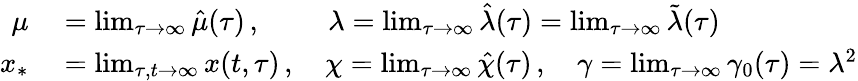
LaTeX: \begin{array}{rl}{\mu}&{{}=\operatorname*{lim}_{\tau\rightarrow\infty}\hat{\mu}(\tau)\, ,\, \, \qquad\lambda=\operatorname*{lim}_{\tau\rightarrow\infty}\hat{\lambda}(\tau)=\operatorname*{lim}_{\tau\rightarrow\infty}\tilde{\lambda}(\tau)}\\ {x_{*}}&{{}=\operatorname*{lim}_{\tau,t\rightarrow\infty}x(t,\tau)\, ,\quad\chi=\operatorname*{lim}_{\tau\rightarrow\infty}\hat{\chi}(\tau)\, ,\quad\gamma=\operatorname*{lim}_{\tau\rightarrow\infty}\gamma_{0}(\tau)=\lambda^{2}}\end{array}